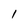
Character: 1